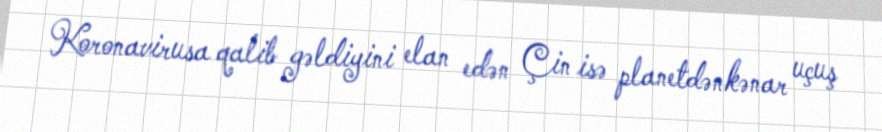
Koronavirusa qalib gəldiyini elan edən Çin isə planetdənkənar uçuş